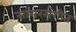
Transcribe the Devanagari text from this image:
सांगरसंगीत